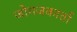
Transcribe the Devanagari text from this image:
जोगजकार्ता